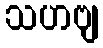
သဟဗျ